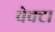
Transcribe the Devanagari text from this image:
वेक्ट्रा